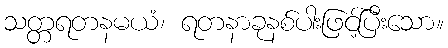
သတ္တရတနမယံ၊ ရတနာခုနစ်ပါးဖြင့်ပြီးသော။